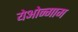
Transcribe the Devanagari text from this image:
येओन्गाम